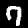
Digit: 7